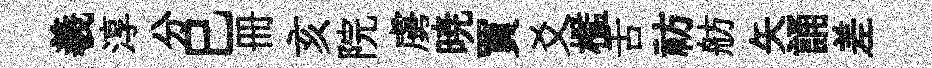
羲淳分巳册亥院虜暁買爻檻舌祊舫矢誦差